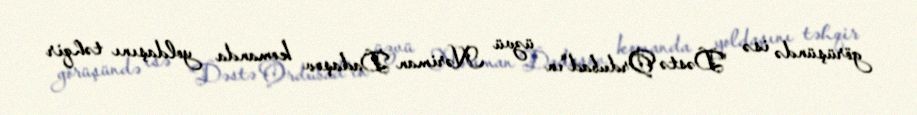
görüşündə isə "Dəstə Ordubad"ın üzvü Nəriman Dadaşov komanda yoldaşını təhqir